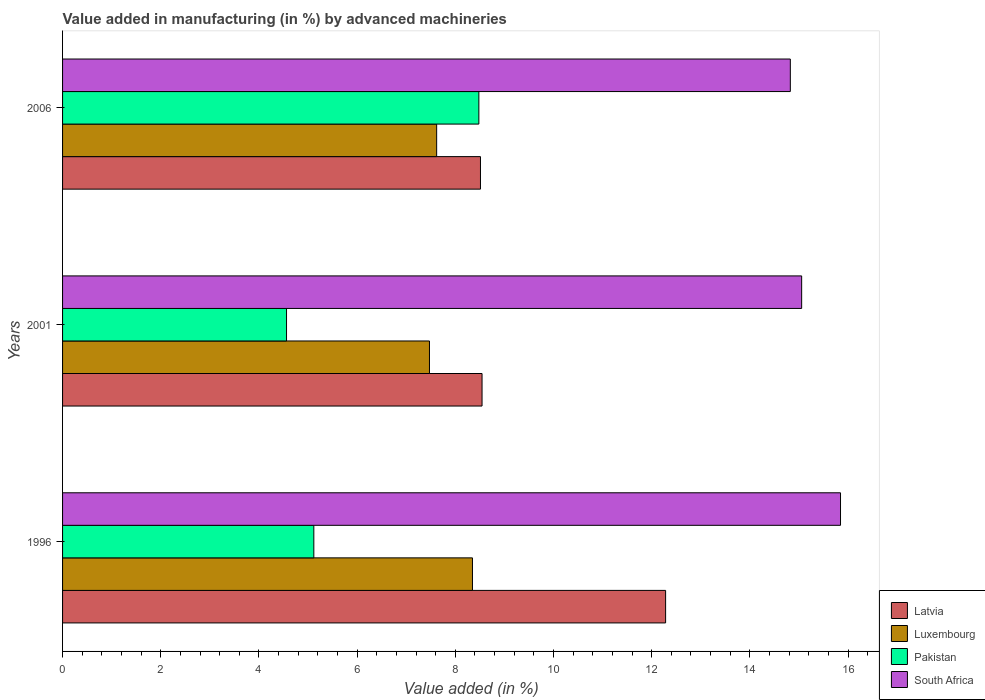
| Years | Latvia | Luxembourg | Pakistan | South Africa |
 | --- | --- | --- | --- | --- |
 | 1996 | 12.3 | 8.35 | 5.12 | 15.8 |
 | 2001 | 8.54 | 7.47 | 4.56 | 15.1 |
 | 2006 | 8.51 | 7.62 | 8.48 | 14.8 |